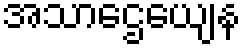
အသာဌေယျေန